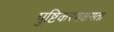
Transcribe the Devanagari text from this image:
पुष्टिकरणक्षमता